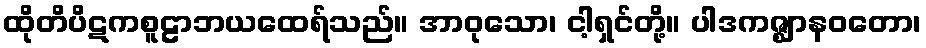
ထိုတိပိဋကစူဠာဘယထေရ်သည်။ အာဝုသော၊ ငါ့ရှင်တို့။ ပါဒကဇ္ဈာနဝတော၊